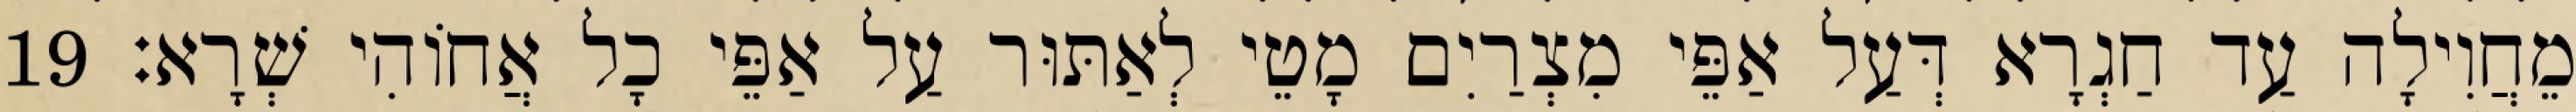
מֵחֲוִילָה עַד חַגְרָא דְּעַל אַפֵּי מִצְרַיִם מָטֵי לְאַתּוּר עַל אַפֵּי כָל אֲחוֹהִי שְׁרָא׃ 19